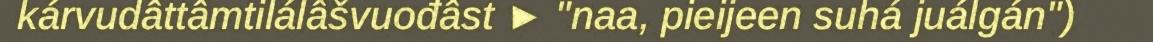
kárvudâttâmtilálâšvuođâst ► "naa, pieijeen suhá juálgán")